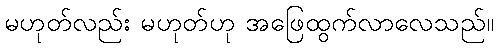
မဟုတ်လည်း မဟုတ်ဟု အဖြေထွက်လာလေသည်။